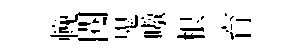
輓閱鬼嗷根育